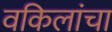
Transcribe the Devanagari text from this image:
वकिलांचा